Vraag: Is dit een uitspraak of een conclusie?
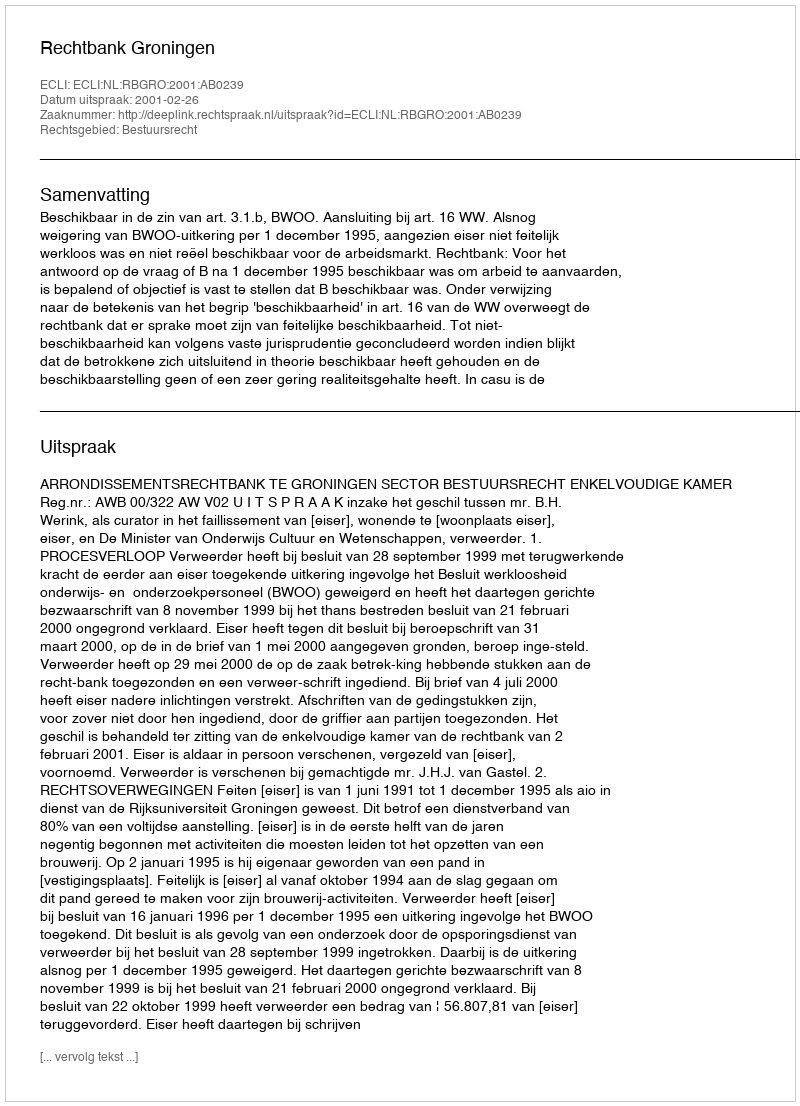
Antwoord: Uitspraak